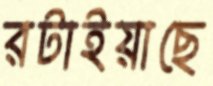
রটাইয়াছে